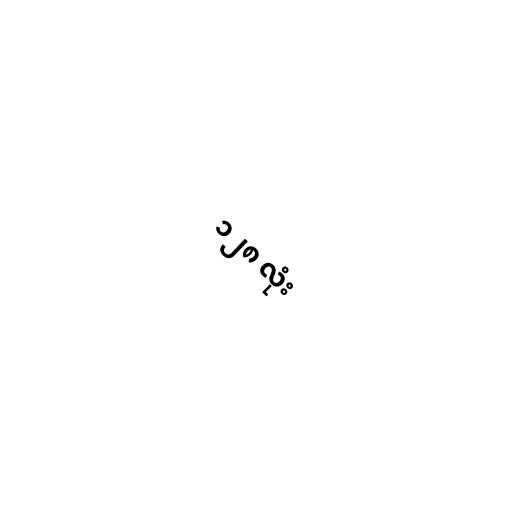
၁၂၈ လုံး